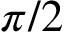
\pi / 2